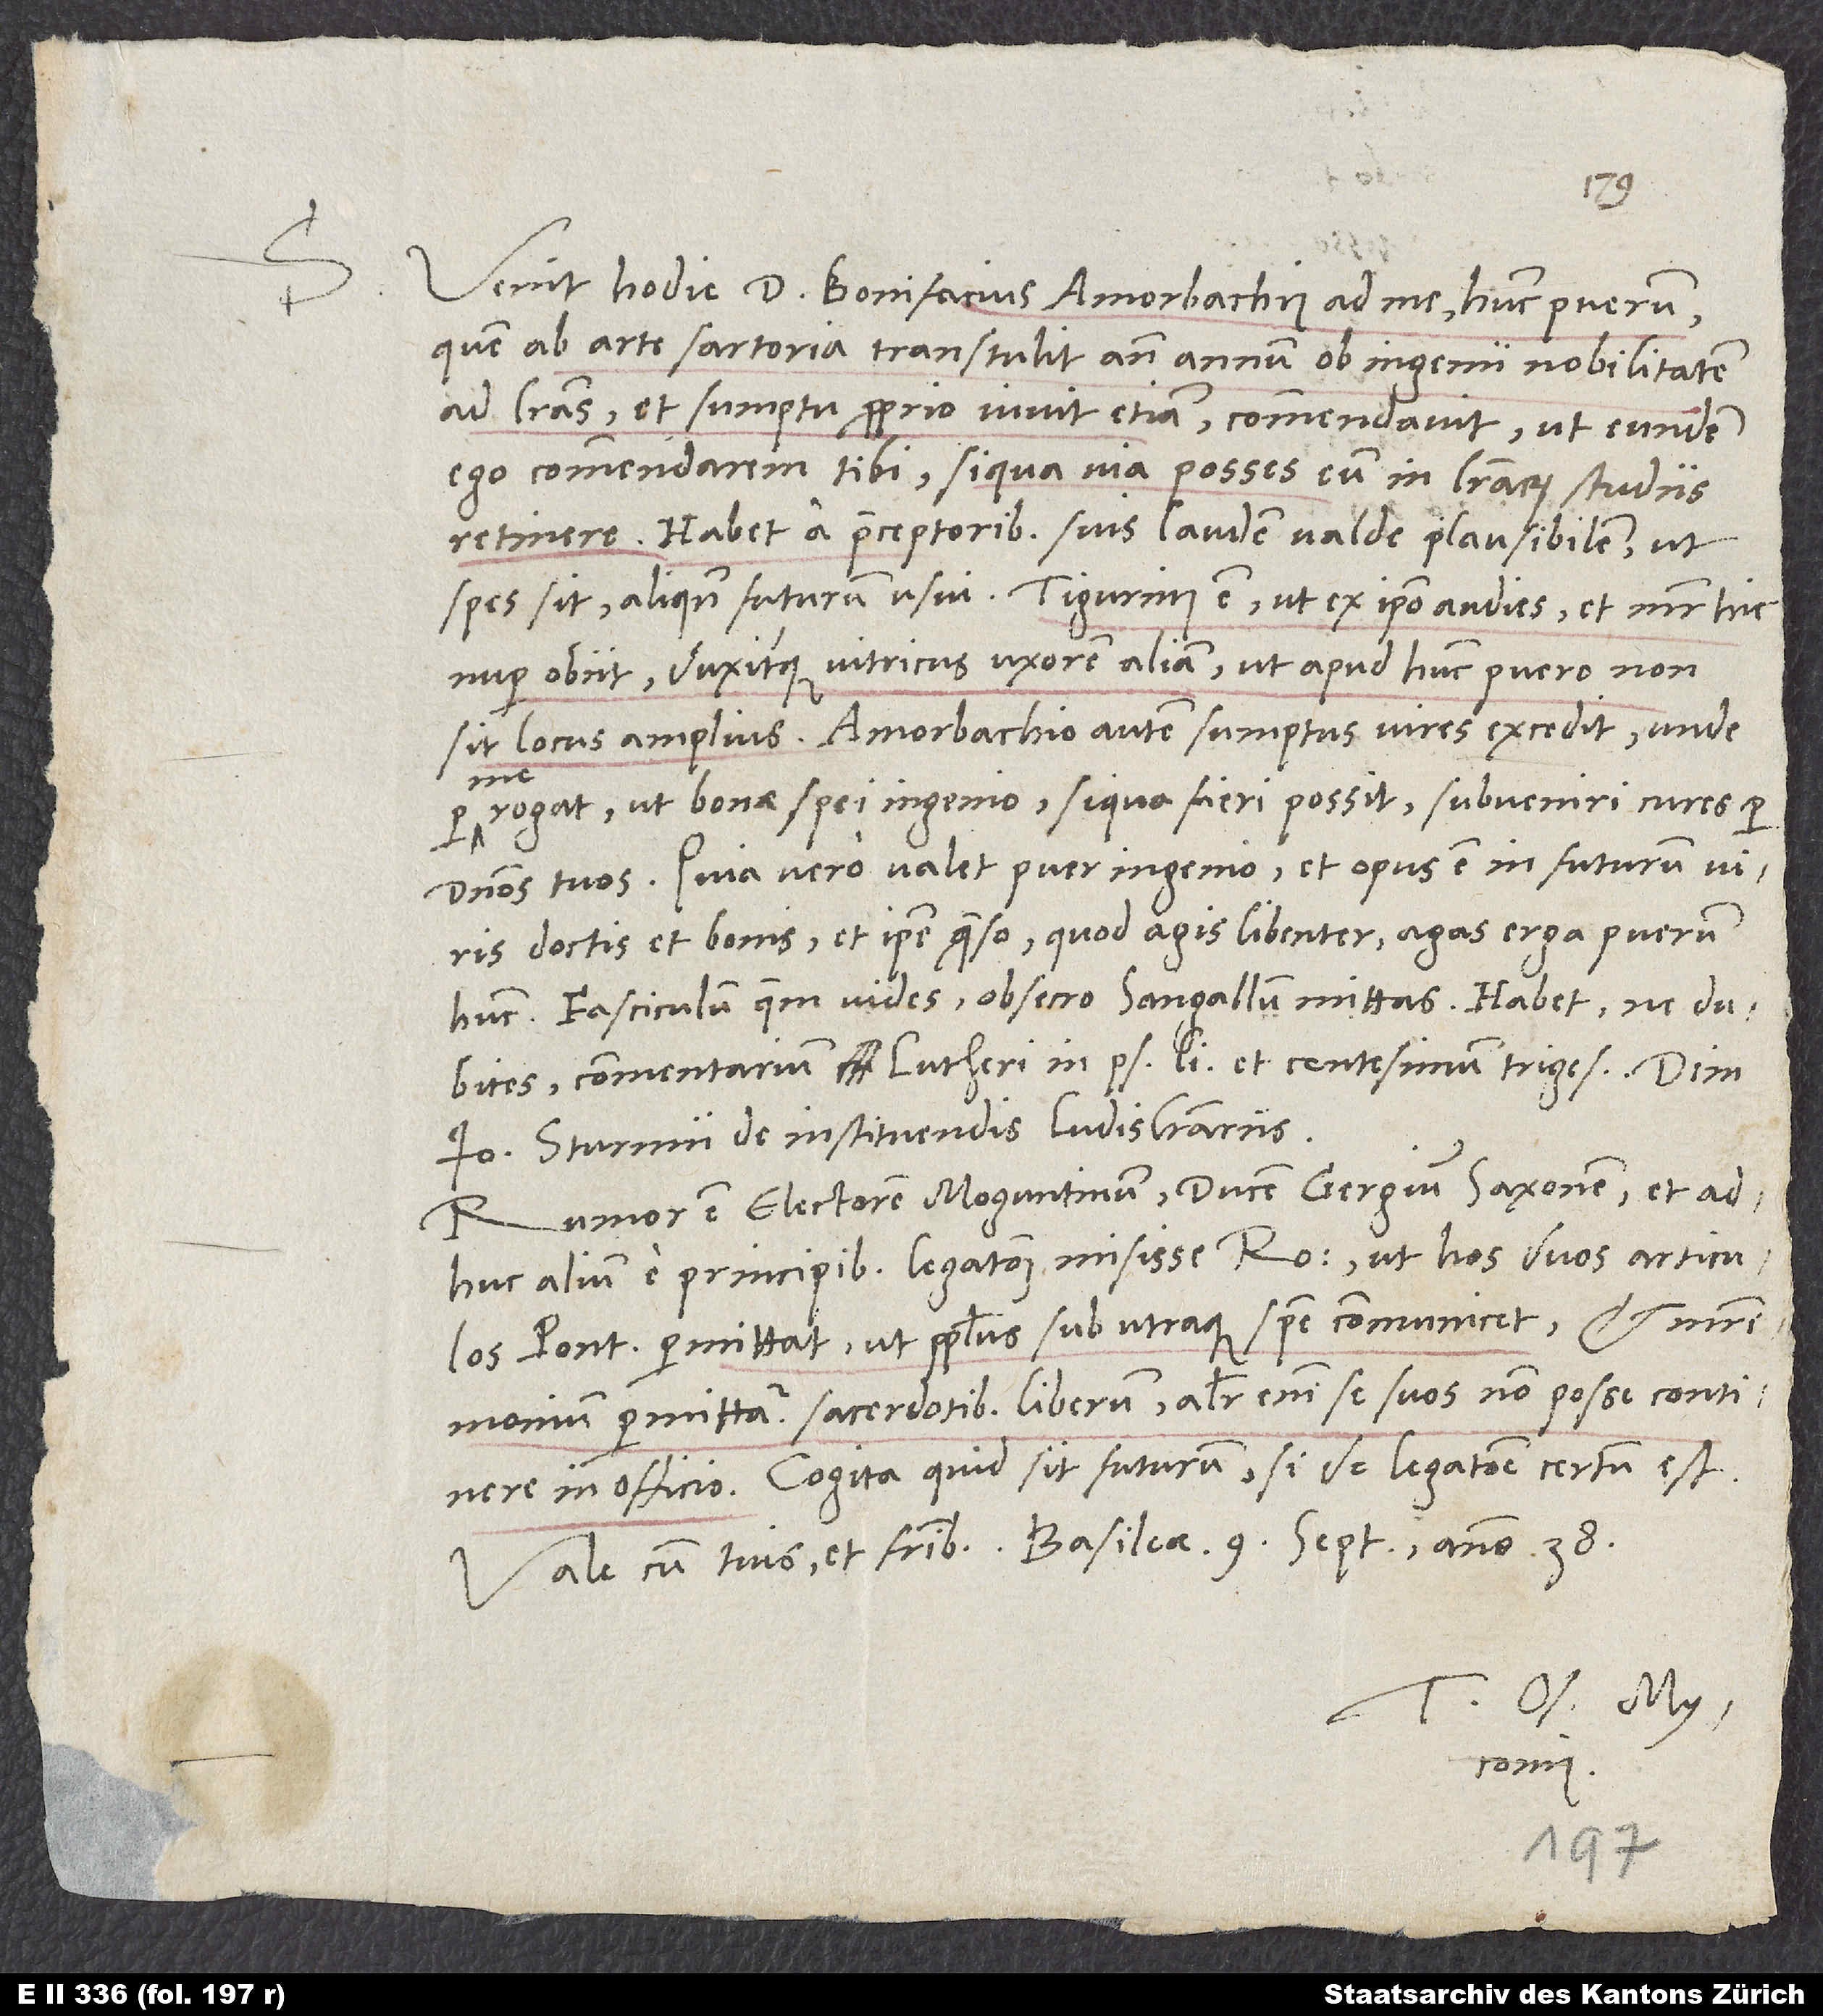
Venit hodie doctor Bonifacius Amorbachius ad me; hunc puerum,
quem ab arte sartoria transtulit ante annum ob ingenii nobilitatem
ad literas et sumptu proprio iuvit etiam, commendavit, ut eundem
ego commendarem tibi, si qua via posses eum in literarum studiis
retinere. Habet a praeceptoribus suis laudem valde plausibilem, ut
nuper obiit, duxitque vitricus uxorem aliam, ut apud hunc puero non
locus amplius. Amorbachio autem sumptus vires excedit, unde
per me rogat, ut bonae spei ingenio, si qua fieri possit, subveniri cures per
dominos tuos. Quia vero valet puer ingenio et opus est in futurum viris
doctis et bonis, et ipse quaeso, quod agis libenter, agas erga puerum
Fasciculum, quem vides, obsecro Sangallum mittas; habet, ne dubites,
commentarium Lutheri in psalmum 51. et centesimum trigesimum, dein
Ioannis Sturmii De instituendis ludis literariis.
Rumor est electorem Moguntinum, ducem Georgium Saxonem et
adhuc alium e principibus legationem misisse Romam, ut hos duos articulos
pontifex permittat: ut populus sub utraque specie communicet et matrimonium
permittatur sacerdotibus liberum; aliter enim se suos non posse continere
in officio. Cogita, quid sit futurum, si de legatione certum est.